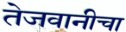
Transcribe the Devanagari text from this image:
तेजवानीचा